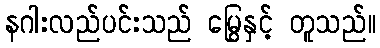
နဂါးလည်ပင်းသည် မြွေနှင့် တူသည်။